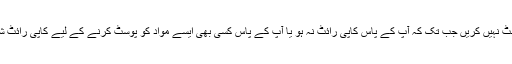
آپ تب تک کوئی بھی کاپی رائٹ شدہ مواد پوسٹ نہیں کریں جب تک کہ آپ کے پاس کاپی رائٹ نہ ہو یا آپ کے پاس کسی بھی ایسے مواد کو پوسٹ کرنے کے لیے کاپی رائٹ شدہ مواد کے مالک کی تحریری منظوری نہ ہو۔